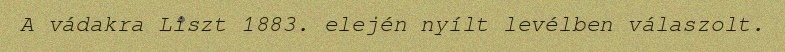
A vádakra Liszt 1883. elején nyílt levélben válaszolt.